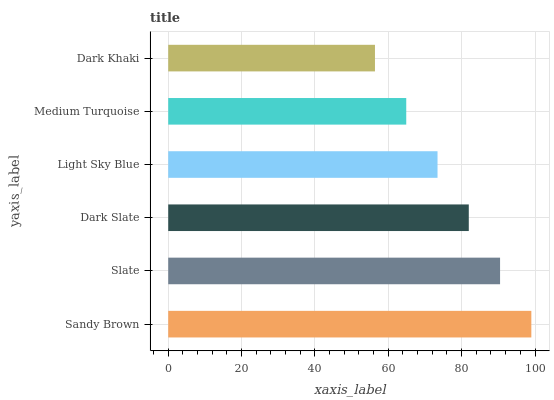
| yaxis_label | bars |
 | --- | --- |
 | Sandy Brown | 99 |
 | Slate | 90.5 |
 | Dark Slate | 81.9 |
 | Light Sky Blue | 73.4 |
 | Medium Turquoise | 64.9 |
 | Dark Khaki | 56.4 |